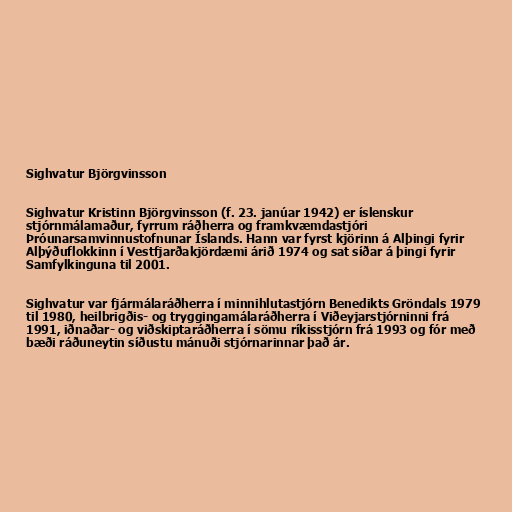
Sighvatur Björgvinsson

Sighvatur Kristinn Björgvinsson (f. 23. janúar 1942) er íslenskur
stjórnmálamaður, fyrrum ráðherra og framkvæmdastjóri
Þróunarsamvinnustofnunar Íslands. Hann var fyrst kjörinn á Alþingi fyrir
Alþýðuflokkinn í Vestfjarðakjördæmi árið 1974 og sat síðar á þingi fyrir
Samfylkinguna til 2001.

Sighvatur var fjármálaráðherra í minnihlutastjórn Benedikts Gröndals 1979
til 1980, heilbrigðis- og tryggingamálaráðherra í Viðeyjarstjórninni frá
1991, iðnaðar- og viðskiptaráðherra í sömu ríkisstjórn frá 1993 og fór með
bæði ráðuneytin síðustu mánuði stjórnarinnar það ár.